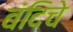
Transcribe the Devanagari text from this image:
बंदिचे